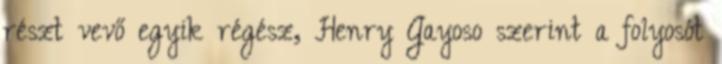
részt vevő egyik régész, Henry Gayoso szerint a folyosót